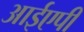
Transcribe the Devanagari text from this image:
आईएपी